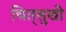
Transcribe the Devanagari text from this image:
चित्‌सुखी